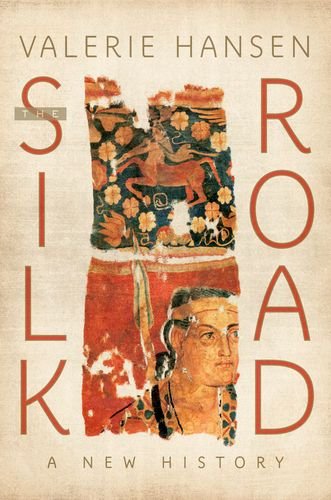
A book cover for The Silk Road: A New History; Valerie Hansen; History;